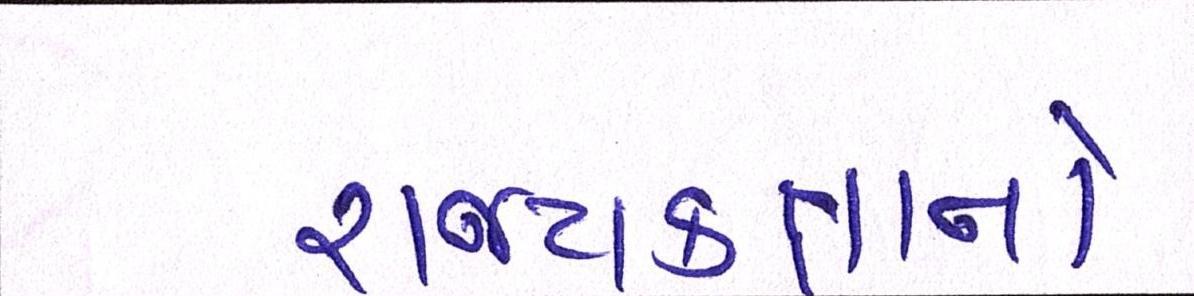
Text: રાજ્યકક્ષાનો